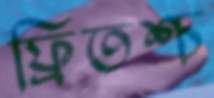
ফ্রিতশ্চ